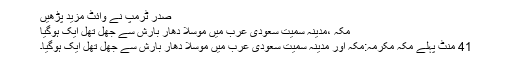
صدر ٹرمپ نے وائٹ مزید پڑھیں
مکہ ،مدینہ سمیت سعودی عرب میں موسلا دھار بارش سے جھل تھل ایک ہوگیا
41 منٹ پہلے مکہ مکرمہ:مکہ اور مدینہ سمیت سعودی عرب میں موسلا دھار بارش سے جھل تھل ایک ہوگیا۔